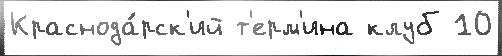
Краснода́рск'ий т'ерм'ина клуб 10